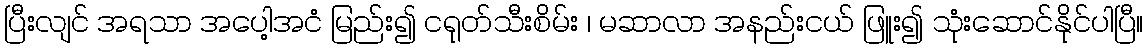
ပြီးလျင် အရသာ အပေါ့အငံ မြည်း၍ ငရုတ်သီးစိမ်း ၊ မဆာလာ အနည်းငယ် ဖြူး၍ သုံးဆောင်နိုင်ပါပြီ။